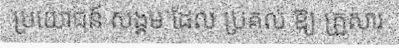
ប្រយោជន៍ សង្គម ដែល ប្រគល់ ឱ្យ គ្រួសារ